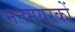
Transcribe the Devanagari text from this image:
मत्तमयूरकों